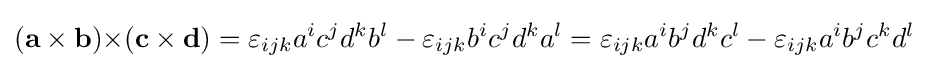
(\mathbf {a\times b} )\mathbf {\times } (\mathbf {c} \times \mathbf {d} )=\varepsilon _{ijk}a^{i}c^{j}d^{k}b^{l}-\varepsilon _{ijk}b^{i}c^{j}d^{k}a^{l}=\varepsilon _{ijk}a^{i}b^{j}d^{k}c^{l}-\varepsilon _{ijk}a^{i}b^{j}c^{k}d^{l}